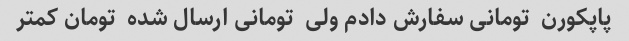
پاپکورن  تومانی سفارش دادم ولی  تومانی ارسال شده  تومان کمتر